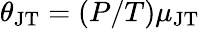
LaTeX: \theta_{\mathrm{JT}}=(P/T)\mu_{\mathrm{JT}}